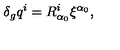
\delta _ { g } q ^ { i } = R _ { \alpha _ { 0 } } ^ { i } \xi ^ { \alpha _ { 0 } } ,